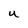
Character: u